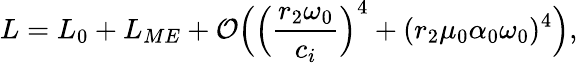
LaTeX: L=L_{0}+L_{ME}+\mathcal{O}\Big(\Big(\frac{r_{2}\omega_{0}}{c_{i}}\Big)^{4}+(r_{2}\mu_{0}\alpha_{0}\omega_{0})^{4}\Big),